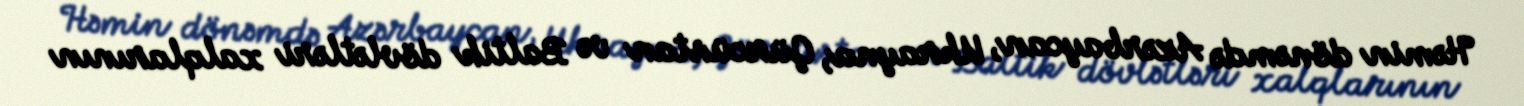
Həmin dönəmdə Azərbaycan, Ukrayna, Gürcüstan və Baltik dövlətləri xalqlarının